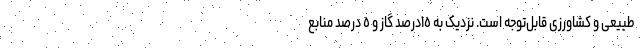
طبیعی و کشاورزی قابل‌توجه است. نزدیک به ١٥درصد گاز و ٥ درصد منابع